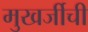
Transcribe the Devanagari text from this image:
मुखर्जीची